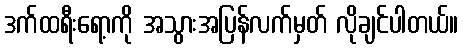
ဒက်ထရီးရော့ကို အသွားအပြန်လက်မှတ် လိုချင်ပါတယ်။